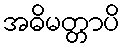
အဓိမတ္တာပိ